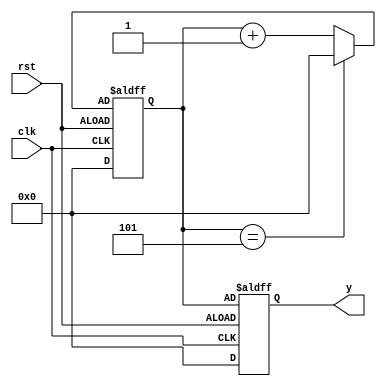
module mod6_sync(input clk,rst,
			output reg [3:0]y);
reg [3:0]counter=0;
always @ (posedge clk or posedge rst)
	begin
		if (rst)
			begin
				counter <= (counter == 4'b101)? 0:(counter +4'd1);
				y<=counter;
			end  
		else
			begin
				counter <=0;	
				y<=0;			  		  
			end
	end
	
endmodule